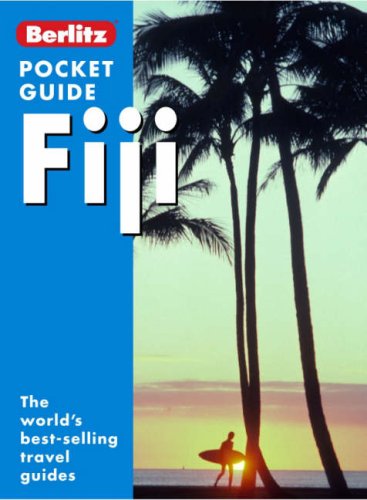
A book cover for Fiji Berlitz Pocket Guide (Berlitz Pocket Guides); Travel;